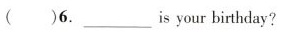
（ ）6.___is your birthday?